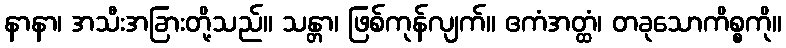
နာနာ၊ အသီးအခြားတို့သည်။ သန္တာ၊ ဖြစ်ကုန်လျက်။ ဧကံအတ္ထံ၊ တခုသောကိစ္စကို။